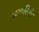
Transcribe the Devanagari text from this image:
लतादिदी